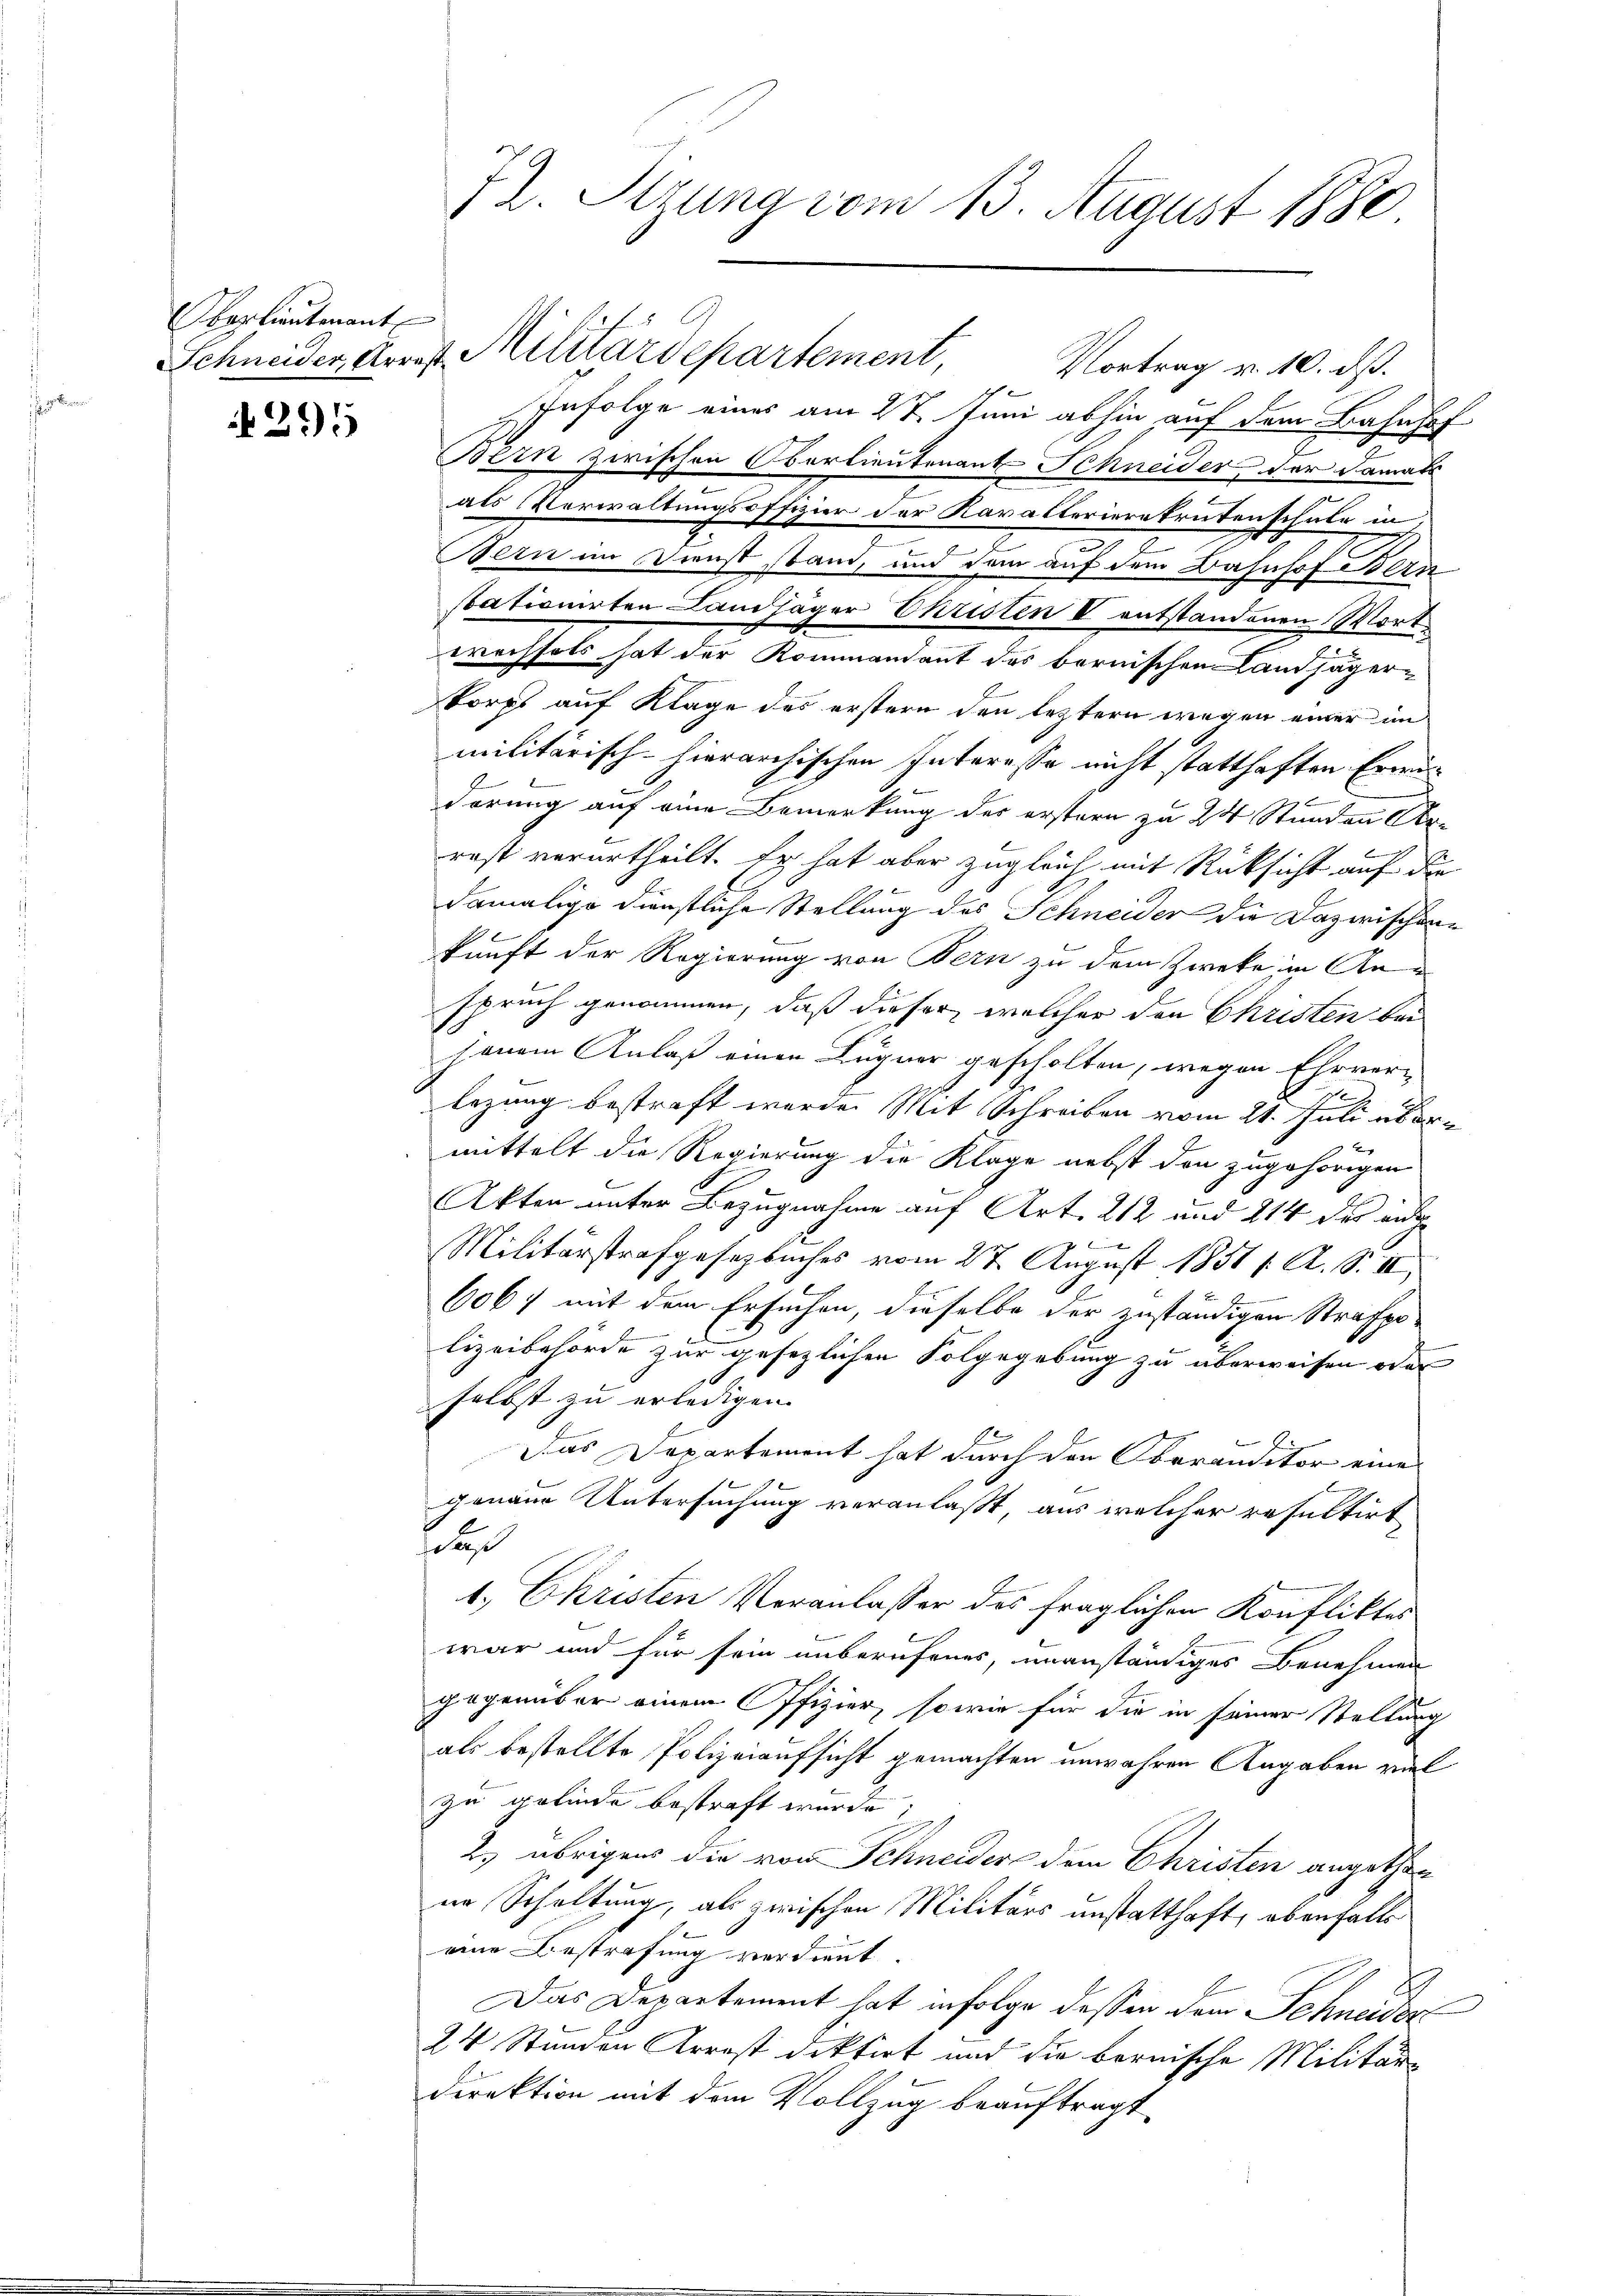
kaplieutenant

295

72. Sizung vom 13. August 1880

Vortrag v. 10. dß.

Infolge eines am 27. Juni abhin auf dem Bahnhof
Bein zwischen Oberlieutenant Schneider der Damals
als Verwaltungsoffizier der Kavallerierekrutenschule in
Bern im Dienst stand und dann auf dem Bahnhof Bern
stationirten Landjäger Christen V entstandenen Wortwechsels hat der Kommandant des bernischen Landjäger-
korpt auf Klage des erstern den leztern wegen einer im
militärisch-hierarchischen Interesse nicht statthaften Erwädörung auf eine Bemerkung der erstern zu 24 Stunden Ar-
rest verurtheilt. Er hat aber zugleich mit Rücksicht auf die
damalige dienstliche Stellung des Schneider die Dazwischenkunft der Regierung von Bern zu dem Zweke in Anspruch genommen, daß dieser, welcher den Christen bei
jenem Anlaß einen Lugner gescholten, wegen Ehrver
bezung bestraft werden Mit Schreiben vom 21. Juli über
x
mittelt die Regierung die Klage nebst den zugehörigen
Akten unter Bezugnahme auf Art. 212 und 214 des eidge
Militärstrafgesetzbuches vom 27. August 1851 f. A. S. II.

6067 mit dem Ersuchen, dieselbe der zuständigen Strafpr
lizeibehörde zur gesezlichen Folgegebung zu überweisen oder
selbst zu erledigen.
Das Departement hat durch den Oberanditor eines
e
genaue Untersuchung veranlaßt, aus welcher resultirt
e
1. Christen Veranlasser des fraglichen Konfliktes
war und für sein unberufenes, unanständiges Benehmen
gegenüber einem Offizier, sowie für die in seiner Stellung
als bestellte Polizeiaufsicht gemachten unwahren Angaben viel
zu gelinde bestraft wurde;
2. übrigens die von Schneider dem Christen angetheine Schaltung, als zwischen Militärs unstatthaft, ebenfalls
eine Bestrafung verdient.
Das Departement hat infolge dessen dem Schneider
24 Stunden Arrest diktirt und die bernische Militärdirektion mit dem Vollzug beauftragt,

A
Schneider Arrest. Militärdepartement,